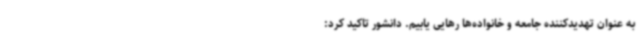
به عنوان تهدیدکننده جامعه و خانواده‌ها رهایی یابیم. دانشور تاکید کرد: